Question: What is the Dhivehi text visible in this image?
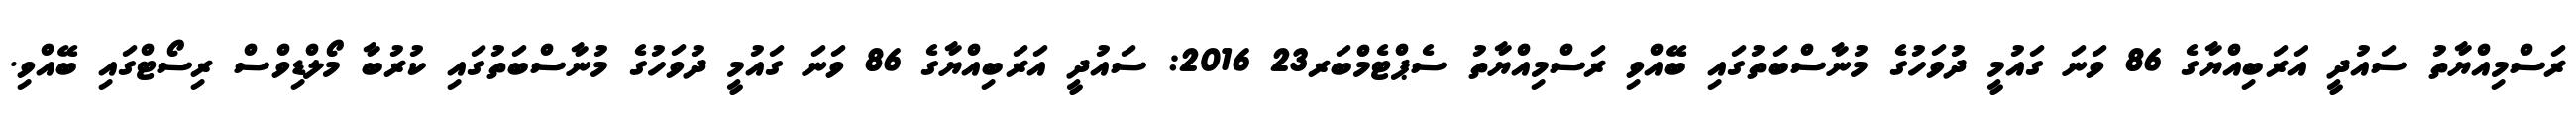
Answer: ރަސްމިއްޔާތު ސައުދީ އަރަބިއްޔާގެ 86 ވަނަ ގައުމީ ދުވަހުގެ މުނާސްބަތުގައި ބޭއްވި ރަސްމިއްޔާތު ސެޕްޓެމްބަރ23 2016: ސައުދީ އަރަބިއްޔާގެ 86 ވަނަ ގައުމީ ދުވަހުގެ މުނާސްބަތުގައި ކުރުބާ މޯލްޑިވްސް ރިސޯޓްގައި ބޭއްވި.